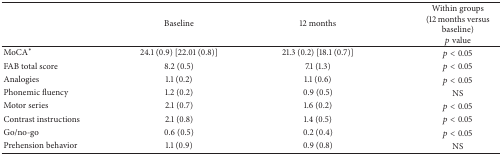
<table><thead><tr><td><b> </b></td><td><b>Baseline</b></td><td><b>12 months</b></td><td><b>Within groups (12 months versus baseline)<i>p</i> value</b></td></tr></thead><tbody><tr><td>MoCA<sup><i>∗</i></sup></td><td>24.1 (0.9) [22.01 (0.8)]</td><td>21.3 (0.2) [18.1 (0.7)]</td><td><i>p</i> &lt; 0.05</td></tr><tr><td>FAB total score</td><td>8.2 (0.5)</td><td>7.1 (1.3)</td><td><i>p</i> &lt; 0.05</td></tr><tr><td>Analogies</td><td>1.1 (0.2)</td><td>1.1 (0.6)</td><td><i>p</i> &lt; 0.05</td></tr><tr><td>Phonemic fluency</td><td>1.2 (0.2)</td><td>0.9 (0.5)</td><td>NS</td></tr><tr><td>Motor series</td><td>2.1 (0.7)</td><td>1.6 (0.2)</td><td><i>p</i> &lt; 0.05</td></tr><tr><td>Contrast instructions</td><td>2.1 (0.8)</td><td>1.4 (0.5)</td><td><i>p</i> &lt; 0.05</td></tr><tr><td>Go/no-go</td><td>0.6 (0.5)</td><td>0.2 (0.4)</td><td><i>p</i> &lt; 0.05</td></tr><tr><td>Prehension behavior</td><td>1.1 (0.9)</td><td>0.9 (0.8)</td><td>NS</td></tr></tbody></table>